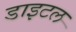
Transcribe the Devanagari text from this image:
डाइटल